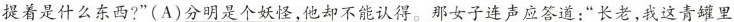
提着是什么东西?”(A)\underline{分明是个妖怪，他却不能认得。} 那女子连声应答道：”长老，我这青罐里